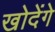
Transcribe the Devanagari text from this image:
खोदेंगे